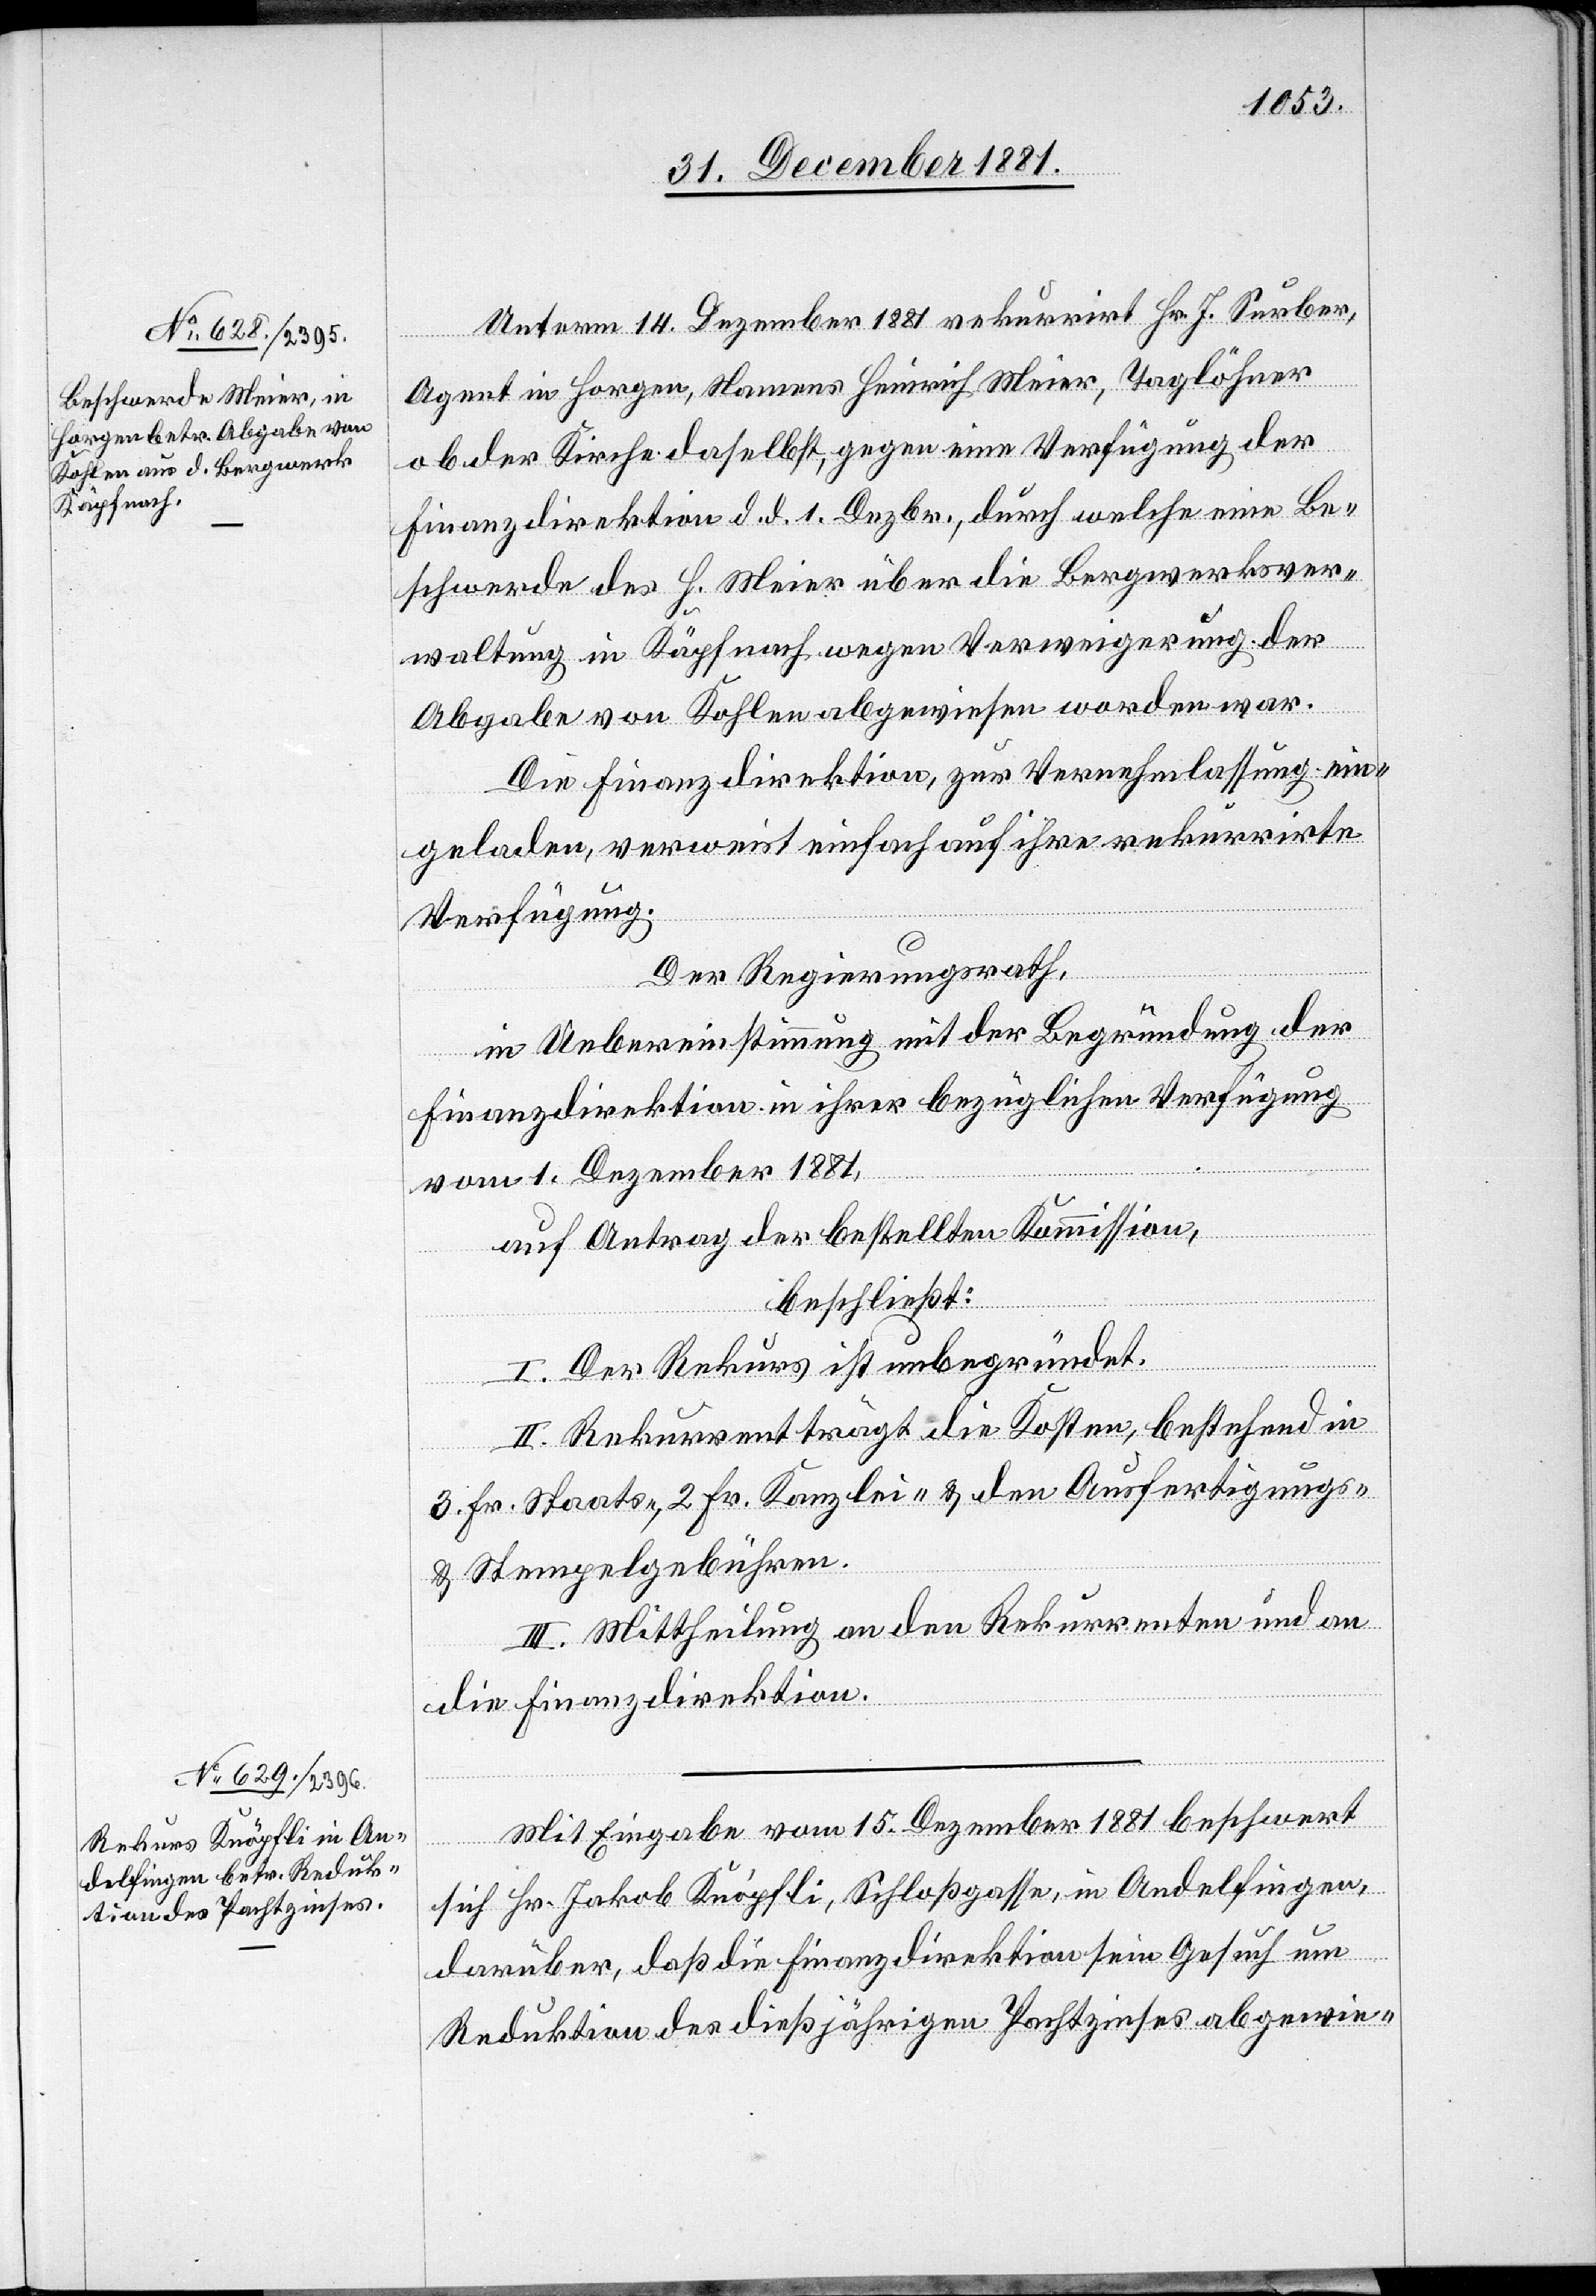
Unterm 14. Dezember 1881 rekurrirt Hr. J. Surber,
Agent in Horgen, Namens Heinrich Meier, Taglöhner
ob der Kirche daselbst, gegen eine Verfügung der
Finanzdirektion d. d. 1. Dezbr., durch welche eine Be¬
schwerde des H. Meier über die Bergwerksver¬
waltung in Käpfnach wegen Verweigerung der
Abgabe von Kohlen abgewiesen worden war.
Die Finanzdirektion, zur Vernehmlassung ein¬
geladen, verweist einfach auf ihre rekurrirte
Verfügung.
Der Regierungsrath,
in Uebereinstimmung mit der Begründung der
Finanzdirektion in ihrer bezüglichen Verfügung
vom 1. Dezember 1881,
beschließt:
I. Der Rekurs ist unbegründet.
II. Rekurrent trägt die Kosten, bestehend in
3 Fr. Staats-, 2 Fr. Kanzlei- & den Ausfertigungs-
& Stempelgebühren.
III. Mittheilung an den Rekurrenten und an
die Finanzdirektion.
Mit Eingabe vom 15. Dezember 1881 beschwert
sich Hr. Jakob Knöpfli, Schloßgasse, in Andelfingen,
darüber, daß die Finanzdirektion sein Gesuch um
Reduktion des dießjährigen Pachtzinses abgewie-